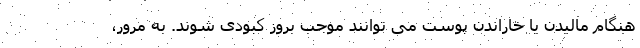
هنگام مالیدن یا خاراندن پوست می توانند موجب بروز کبودی شوند. به مرور،